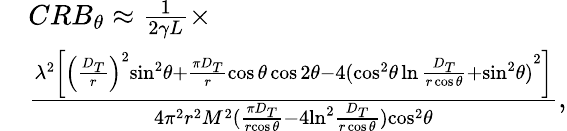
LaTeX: \begin{array}{rl}&{CR{B_{\theta}}\approx\frac{1}{{2\gamma L}}\times}\\ &{\frac{{{\lambda^{2}}\left[{{{\left({\frac{{{D_{T}}}}{r}}\right)}^{2}}{{\sin}^{2}}\theta+\frac{{\pi{D_{T}}}}{r}\cos\theta\cos 2\theta-4{{({{{\cos}^{2}}\theta\ln\frac{{{D_{T}}}}{{r\cos\theta}}+{{\sin}^{2}}\theta})}^{2}}}\right]}}{{4{\pi^{2}}{r^{2}}M^{2}({\frac{{{\pi D_{T}}}}{r{\cos\theta}}-4{{\ln}^{2}}\frac{{{D_{T}}}}{{r\cos\theta}}}){{\cos}^{2}}\theta}},}\end{array}